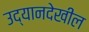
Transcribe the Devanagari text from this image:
उद्यानदेखील